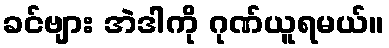
ခင်ဗျား အဲဒါကို ဂုဏ်ယူရမယ်။